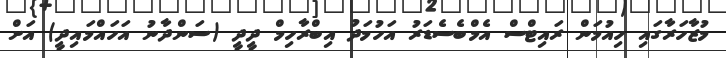
މުޒާހަރާގައި ހިއުމަން ރައިޓްސް އެމްބެސެޑަރު އަހުމަދު އިބްރާހިމް ދީދީ (ސަންދާނު އަހައްމައިދީ) އަށް